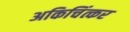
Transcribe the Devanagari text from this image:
अकिचिंत्कर